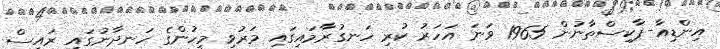
އިންޑިއާ-ޕާކިސްތާނުން 1965 ވަނަ އަހަރު ކުރި ހަނގުރާމައިގައި މަރުވި މީހުންގެ ހަނދާނުގައި ރައީސް